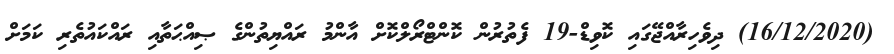
(16/12/2020) ދިވެހިރާއްޖޭގައި ކޮވިޑް-19 ފެތުރުން ކޮންޓްރޯލްކޮށް އާންމު ރައްޔިތުންގެ ޞިއްޙަތާއި ރައްކައުތެރި ކަމަށް